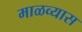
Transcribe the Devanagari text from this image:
माळव्यास